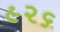
૯૨૬